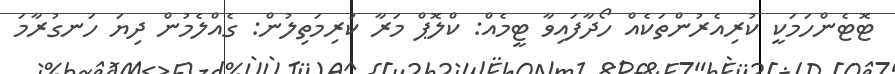
ޓޮޓެންހަމަކީ ކުރިއެރުންތަކެއް ހޯދާފައިވާ ޓީމެއް: ކްލޮޕް މަރާ ކުރިމަތިލުން: ގެއްލެމުން ދިޔަ ހަނގުރާމަ